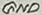
Text: GND